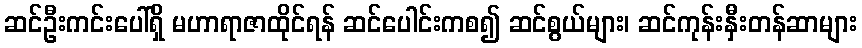
ဆင်ဦးကင်းပေါ်ရှိ မဟာရာဇာထိုင်ရန် ဆင်ပေါင်းကစ၍ ဆင်စွယ်များ၊ ဆင်ကုန်းနှီးတန်ဆာများ